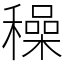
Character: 䆆